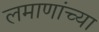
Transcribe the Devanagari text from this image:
लमाणांच्या